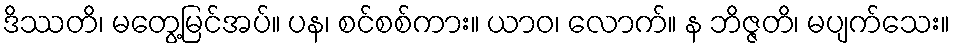
ဒိဿတိ၊ မတွေ့မြင်အပ်။ ပန၊ စင်စစ်ကား။ ယာဝ၊ လောက်။ န ဘိဇ္ဇတိ၊ မပျက်သေး။